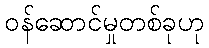
ဝန်ဆောင်မှုတစ်ခုဟု